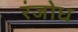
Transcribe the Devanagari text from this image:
रंजोध